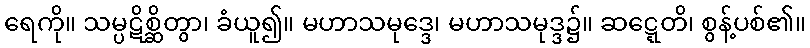
ရေကို။ သမ္ပဋိစ္ဆိတွာ၊ ခံယူ၍။ မဟာသမုဒ္ဒေ၊ မဟာသမုဒ္ဒ၌။ ဆဋ္ဋေတိ၊ စွန့်ပစ်၏။